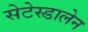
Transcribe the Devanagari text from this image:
सेटेस्डालेन